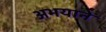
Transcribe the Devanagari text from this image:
अभयाने